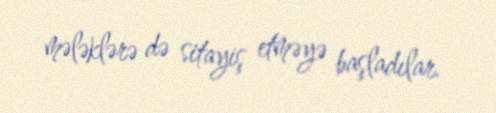
mələklərə də sitayiş etməyə başladılar.